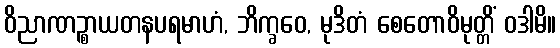
ဝိညာဏဉ္စာယတနပရမာဟံ, ဘိက္ခဝေ, မုဒိတံ စေတောဝိမုတ္တိံ ဝဒါမိ။